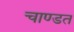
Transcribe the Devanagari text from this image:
चाण्डत